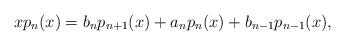
LaTeX: \begin{gather*}xp_n(x) = b_np_{n+1}(x) + a_np_n(x) + b_{n-1}p_{n-1}(x),\end{gather*}